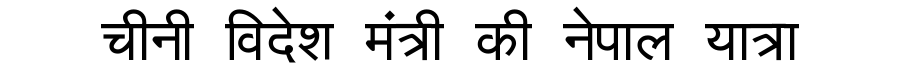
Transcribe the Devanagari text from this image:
चीनी विदेश मंत्री की नेपाल यात्रा